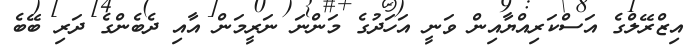
އިޒްރޭލްގެ އަސްކަރިއްޔާއިން ވަނީ އަހަދުގެ މަންނަ ނަރީމަން އާއި ދެބެންގެ ދަރި ބޭބެ